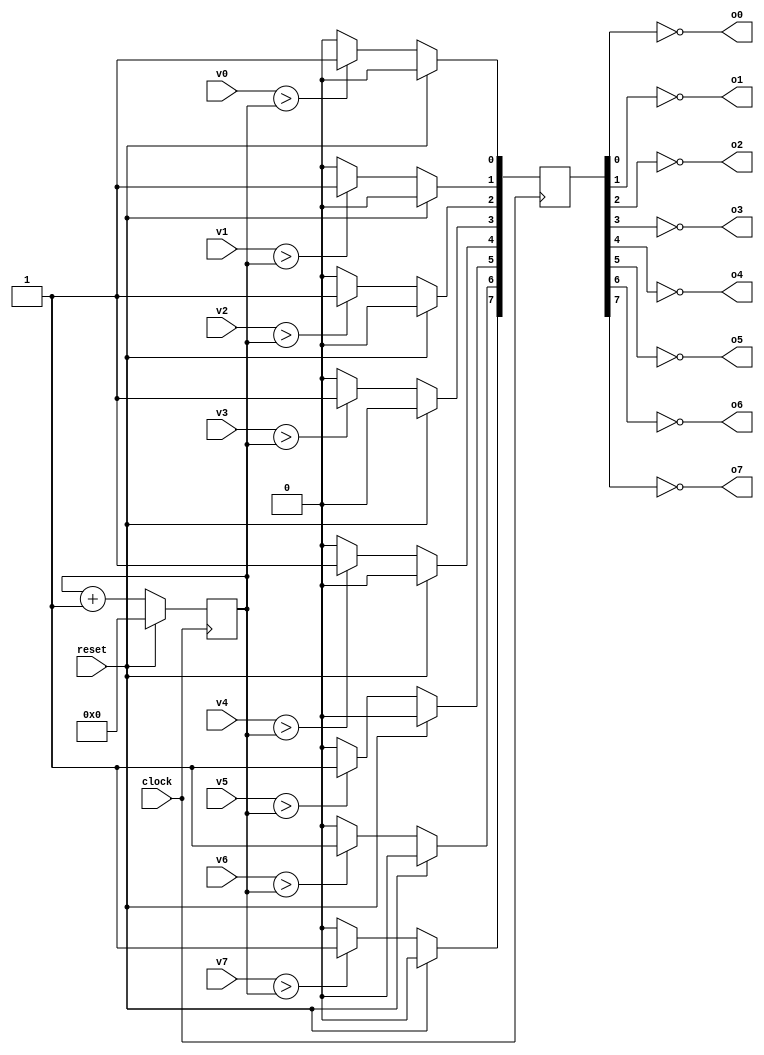
module pwm_out(
    input clock,
    input reset,
    input [15:0] v0,
    input [15:0] v1,
    input [15:0] v2,
    input [15:0] v3,
    input [15:0] v4,
    input [15:0] v5,
    input [15:0] v6,
    input [15:0] v7,
    output o0,
    output o1,
    output o2,
    output o3,
    output o4,
    output o5,
    output o6,
    output o7,
);

	reg [15:0] count;

    reg [7:0] outputRegs;

    assign o0 = !outputRegs[0];
    assign o1 = !outputRegs[1];
    assign o2 = !outputRegs[2];
    assign o3 = !outputRegs[3];
    assign o4 = !outputRegs[4];
    assign o5 = !outputRegs[5];
    assign o6 = !outputRegs[6];
    assign o7 = !outputRegs[7];

    always @(posedge clock)
        if(reset) begin
            count <= 0;
            outputRegs <= 0;
        end
        else begin
            count <= count + 1;

            outputRegs <= 0;

            if(v0 > count[15:0])
                outputRegs[0] <= 1;
            if(v1 > count[15:0])
                outputRegs[1] <= 1;
            if(v2 > count[15:0])
                outputRegs[2] <= 1;
            if(v3 > count[15:0])
                outputRegs[3] <= 1;
            if(v4 > count[15:0])
                outputRegs[4] <= 1;
            if(v5 > count[15:0])
                outputRegs[5] <= 1;
            if(v6 > count[15:0])
                outputRegs[6] <= 1;
            if(v7 > count[15:0])
                outputRegs[7] <= 1;
        end
endmodule